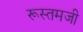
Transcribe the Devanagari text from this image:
रूस्‍तमजी